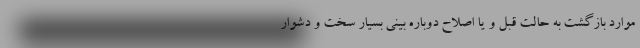
موارد بازگشت به حالت قبل و یا اصلاح دوباره بینی بسیار سخت و دشوار